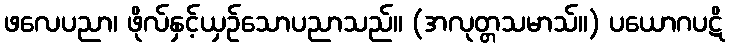
ဖလေပညာ၊ ဖိုလ်နှင့်ယှဉ်သောပညာသည်။ (အလုတ္တသမာသ်။) ပယောဂပဋိ